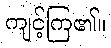
ကျင့်ကြ၏။